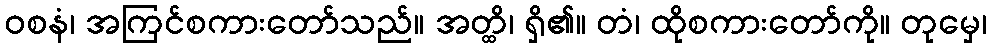
ဝစနံ၊ အကြင်စကားတော်သည်။ အတ္ထိ၊ ရှိ၏။ တံ၊ ထိုစကားတော်ကို။ တုမှေ၊